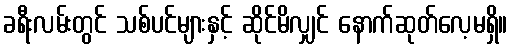
ခရီးလမ်းတွင် သစ်ပင်များနှင့် ဆိုင်မိလျှင် နောက်ဆုတ်လေ့မရှိ။